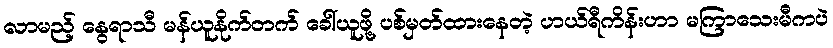
လာမည့် နွေရာသီ မန်ယူနိုက်တက် ခေါ်ယူဖို့ ပစ်မှတ်ထားနေတဲ့ ဟယ်ရီကိန်းဟာ မကြာသေးမီကပဲ